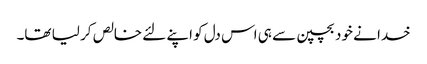
خدا نے خود بچپن سے ہی اس دل کو اپنے لئے خالص کر لیا تھا۔